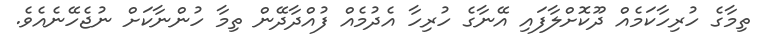
ތިމާގެ ހުރިހާކަމެއް ދޫކޮށްލާފައި އޭނާގެ ހުރިހާ އެދުމެއް ފުއްދާދޭން ތިމާ ހުންނާކަށް ނުޖެހޭނެއެވެ.